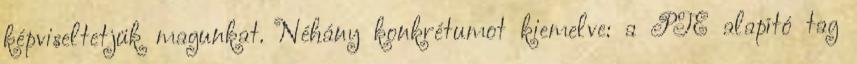
képviseltetjük magunkat. Néhány konkrétumot kiemelve: a PTE alapító tag